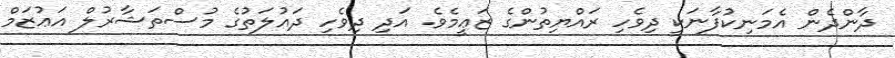
ދާންދެން އެމަނިކުފާނަކީ ދިވެހި ރައްޔިތުންގެ ޒަޢީމެވެ. އަދި ދިވެހި ދައުލަތުގެ މުސްތަޝާރުލް އަޢުޒަމް